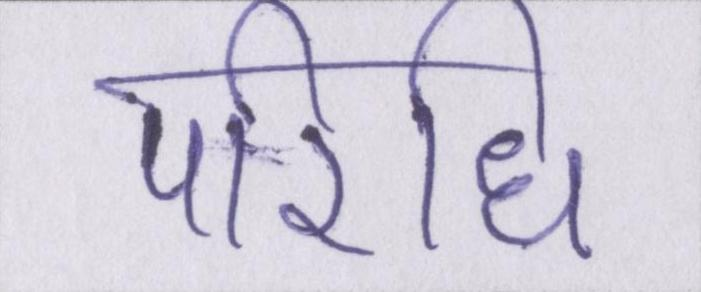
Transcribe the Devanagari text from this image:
परिधि